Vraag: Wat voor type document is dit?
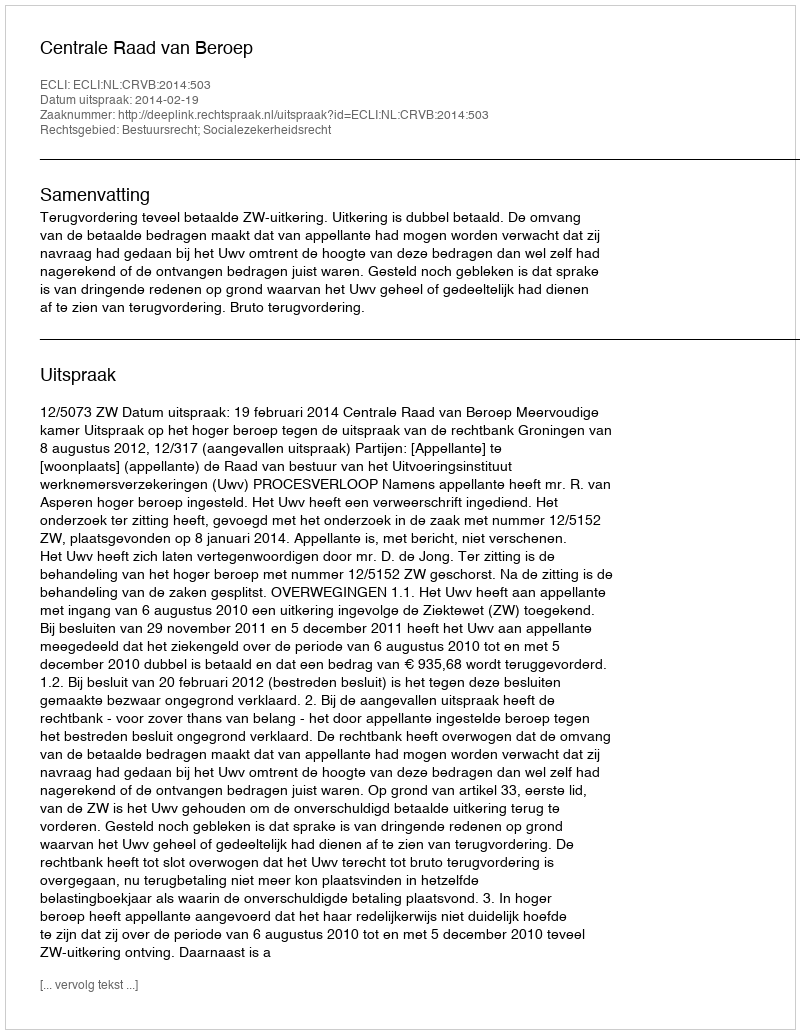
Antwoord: Uitspraak